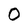
Character: O